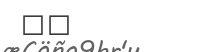
٦٣